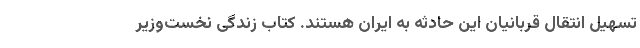
تسهیل انتقال قربانیان این حادثه به ایران هستند. کتاب زندگی نخست‌وزیر